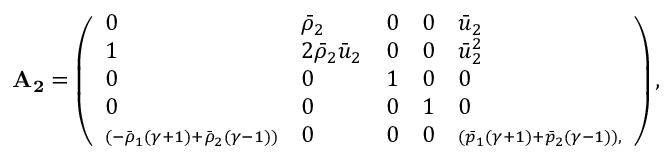
\mathbf { A _ { 2 } } = \left( \begin{array} { l l l l l } { 0 } & { \bar { \rho } _ { 2 } } & { 0 } & { 0 } & { \bar { u } _ { 2 } } \\ { 1 } & { 2 \bar { \rho } _ { 2 } \bar { u } _ { 2 } } & { 0 } & { 0 } & { \bar { u } _ { 2 } ^ { 2 } } \\ { 0 } & { 0 } & { 1 } & { 0 } & { 0 } \\ { 0 } & { 0 } & { 0 } & { 1 } & { 0 } \\ { \scriptstyle \left( - \bar { \rho } _ { 1 } ( \gamma + 1 ) + \bar { \rho } _ { 2 } ( \gamma - 1 ) \right) } & { 0 } & { 0 } & { 0 } & { \scriptstyle \left( \bar { p } _ { 1 } ( \gamma + 1 ) + \bar { p } _ { 2 } ( \gamma - 1 ) \right) , } \end{array} \right) ,